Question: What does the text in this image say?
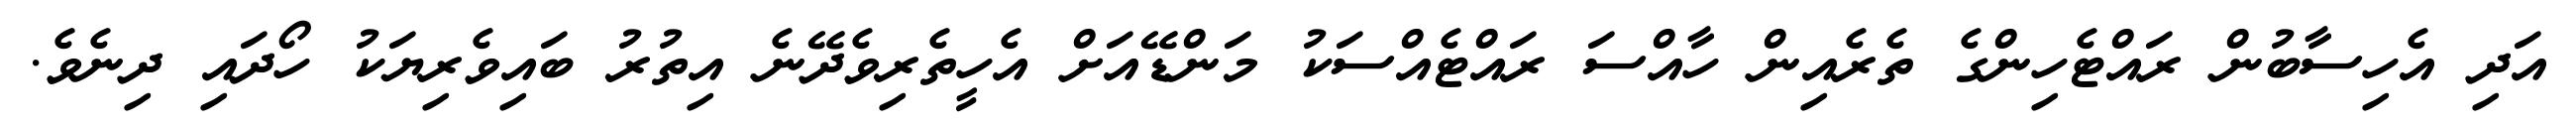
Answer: އަދި އެހިސާބުން ރައްޓެހިންގެ ތެރެއިން ހާއްސަ ރައްޓެއްސަކު މަންޑޭއަށް އެހީތެރިވެދޭނެ އިތުރު ބައިވެރިޔަކު ހޯދައި ދިނެވެ.